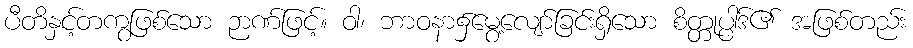
ပီတိနှင့်တကွဖြစ်သော ဉာဏ်ဖြင့်။ ဝါ၊ ဘာဝနာ၌မွေ့လျော်ခြင်းရှိသော စိတ္တုပ္ပါဒ်၏ အဖြစ်တည်း